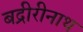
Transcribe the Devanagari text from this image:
बद्रीरीनाथ